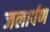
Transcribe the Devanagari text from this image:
जलार्पण